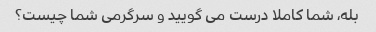
بله، شما کاملا درست می گویید و سرگرمی شما چیست؟